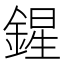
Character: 鍟